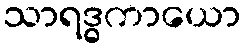
သာရဒ္ဓကာယော